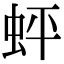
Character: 蚲